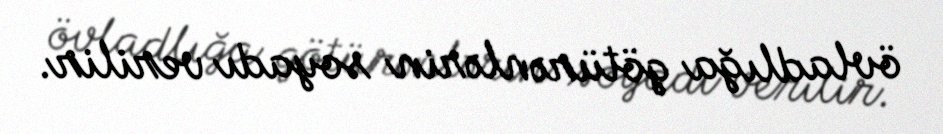
övladlığa götürənlərin soyadı verilir.